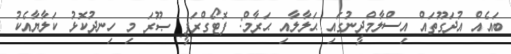
ބައެއް އުދަގޫތައް އިސްލާމްދީނުގައި ޙަލާލާއި ޙަރާމް: ފޮޓޯގްރަފީ ޞޫރަ މި ހިނދުކޮޅު ކަލާޔާއެކު